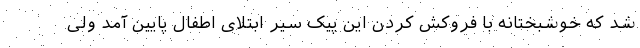
شد که خوشبختانه با فروکش کردن این پیک سیر ابتلای اطفال پایین آمد ولی